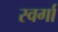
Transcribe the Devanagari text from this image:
स्वर्गा